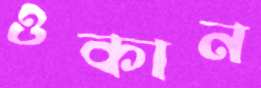
ওকান